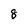
Character: 8